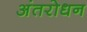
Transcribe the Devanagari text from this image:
अंतरोधन